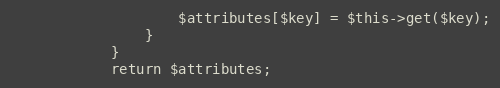
Language: PHP
                    $attributes[$key] = $this->get($key);
                }
            }
            return $attributes;